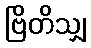
ဗြိတိသျှ